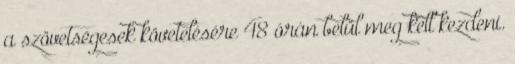
a szövetségesek követelésére 48 órán belül meg kell kezdeni.